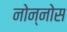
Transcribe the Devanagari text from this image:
नोन्नोस